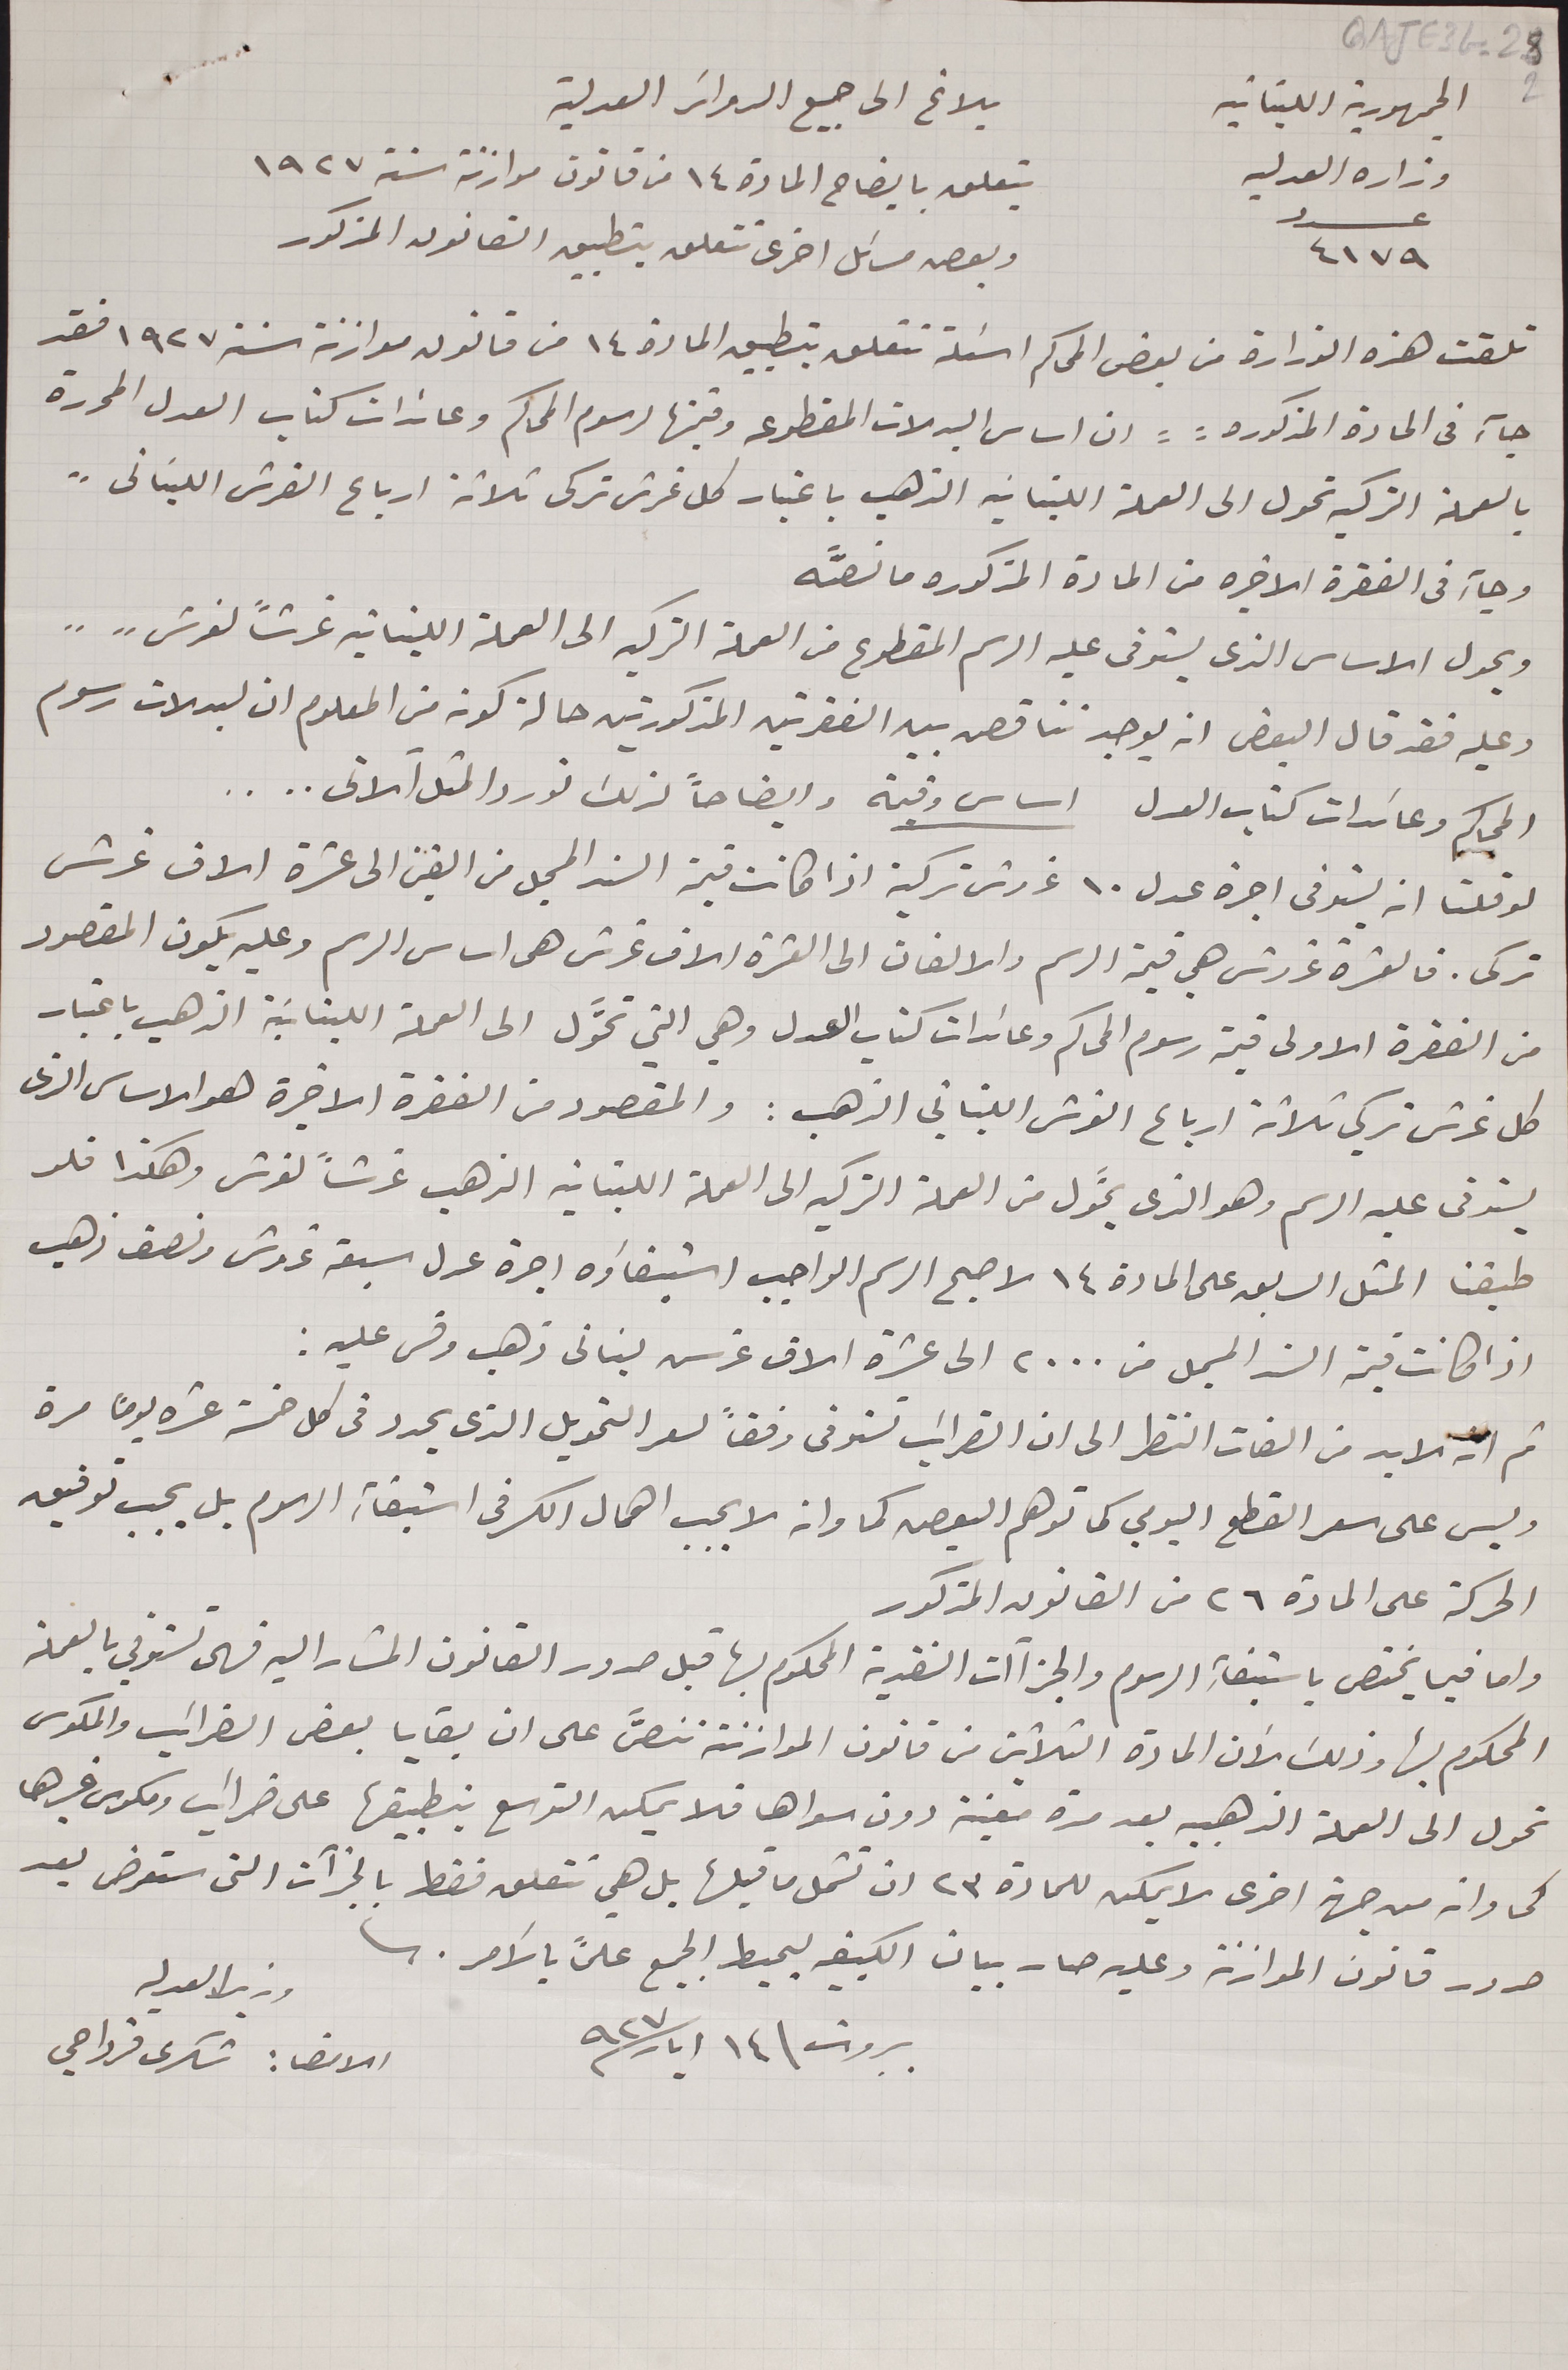
الجهورية اللبنانية وزارة العدليه عدد ٤١٧٩
 يتعلق بايضاح المادة ١٤ من قانون موازنة سنة ١٩٢٧
وبعص مسائل اخرى تتعلق بتطبيق القانون المذكور
تلقت هذه الوزارة من بعض المحاكم اسئلة تتعلق بتطبيق المادة ١٤ من قانون موازنة سنة ١٩٢٧ فقد
جاء فى المادة المذكورة : ان اساس البدلات المقطوعه وقيمتها لرسوم المحاكم وعائدات كتاب العدل المحررة
بالعملة التركيه تحول الى العملة اللبنانيه الذهب باعتبار كل غرش تركى ثلاثة ارباع القرش اللبنانى"
وجاء فى الفقرة الاخيره من المادة المذكوره ما نصَّه
ويحول الاساس الذى يستوفى عليه الرسم المقطوع من العملة التركيه الى العملة اللبنانية غرشاً لغرش"..    ..
وعليه فقد قال البعض انه يوجد تناقص بين الفقرتين المذكورتين حالة كونه من المعلوم ان لبدلات رسوم
المحاكم وعائدات كتاب العدل اساس وقيمة وايضاحاً لذلك نورد المثل الاتى....
لو قلنا انه يستوفى اجرة عدل ١٠ غروش تركية اذا كانت قيمة ان السند من الفين الى عشرة الاف غرش
تركى. فالعشرة غروش هي قيمة الرسم والالفان الى العشرة الاف غرش هى اساس الرسم وعليه يكون المقصود
من الفقرة الاولى قيمة رسوم المحاكم وعائدات كتاب العدل وهي التي تحوَّل الى العملة اللبنانية الذهب باعتبار
كل غرش تركي ثلاثة ارباع الغرش اللبناني الذهب: والمقصود من الفقرة الاخيرة هو الاساس الذى
يستوفى عليه الرسم وهو الذى يحوَّل من العملة التركيه الى العملة اللبنانيه الذهب غرشاً لغرش وهكذا فلو
طبقنا المثل السابق على المادة ١٤ لاصبح الرسم الواجب استيفاؤه اجرة عدل سبعة غروش ونصف ذهب
اذا كانت قيمة السند المسجل من ٢٠٠٠ الى عشرة الاف غرس لبنانى ذهب وقس عليه:
ثم انه لا بد من الفات النظر الى ان الضرائب تستوفى وفقاً لسعر التمويل الذى يحدد فى كل خمسة عشرة يوماً مرة
وليس على سعر القطع اليومي كما توهم البعص كما وانه لا يجب اهمال الكسر فى استبقاء، الرسوم بل يجب توفيق
الحركة على المادة ٢٦ من القانون المذكور
واما فيما يختص باستبقاء الرسوم والجزآات النقدية المحكوم بها قبل صدور القانون المشار اليه فهى ستوفي بالعملة
المحكوم بها وذلك لأن المادة الثلاثين من قانون الموازنة تنصَّ على ان بقايا بعض الضرائب والمكوس
تحول الى العملة الذهبيه بعد مدة معينة دون سواها فلا يمكن التوسع بتطبيقها على ضرائب ومكوس غيرها
كما وانه من جهة اخرى لا يمكن للمادة ٢٣ ان تشمل ما قبلها بل هي تتعلق فقط بالجزآت التى ستعرض بعد
صدور قانون الموازنة وعليه صار بيان الكيفيه يحيط الجميع علناً بالأمر.
 وزير العدليه الامضاء شكرى قرداحي
بيروت \ ١٤ ايار سنة ٩٢٧
بلاغ الى جميع الدوائر العدلية
GAJE 3G-28 2